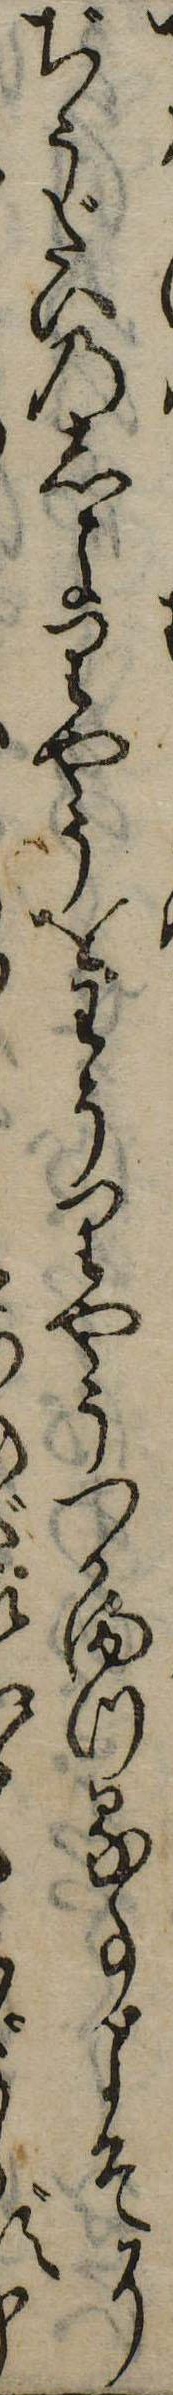
ぢうだいのしよりやうをわうりやうつかまつる事よそにゞず申